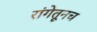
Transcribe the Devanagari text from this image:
रांगेतूनच